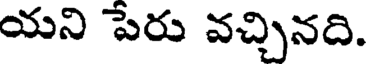
యని పేరు వచ్చినది.